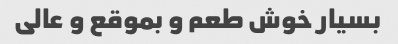
بسیار خوش طعم و بموقع و عالی